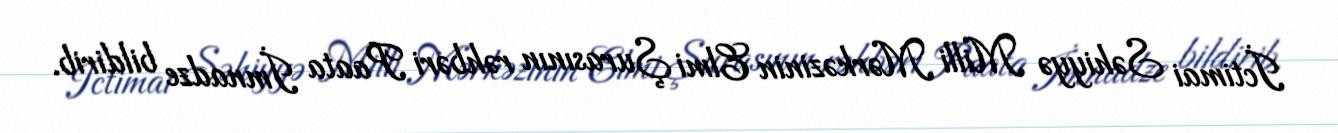
İctimai Səhiyyə Milli Mərkəzinin Elmi Şurasının rəhbəri Paata İmnadze bildirib.